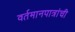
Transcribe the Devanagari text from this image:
वर्तमानपात्रांची